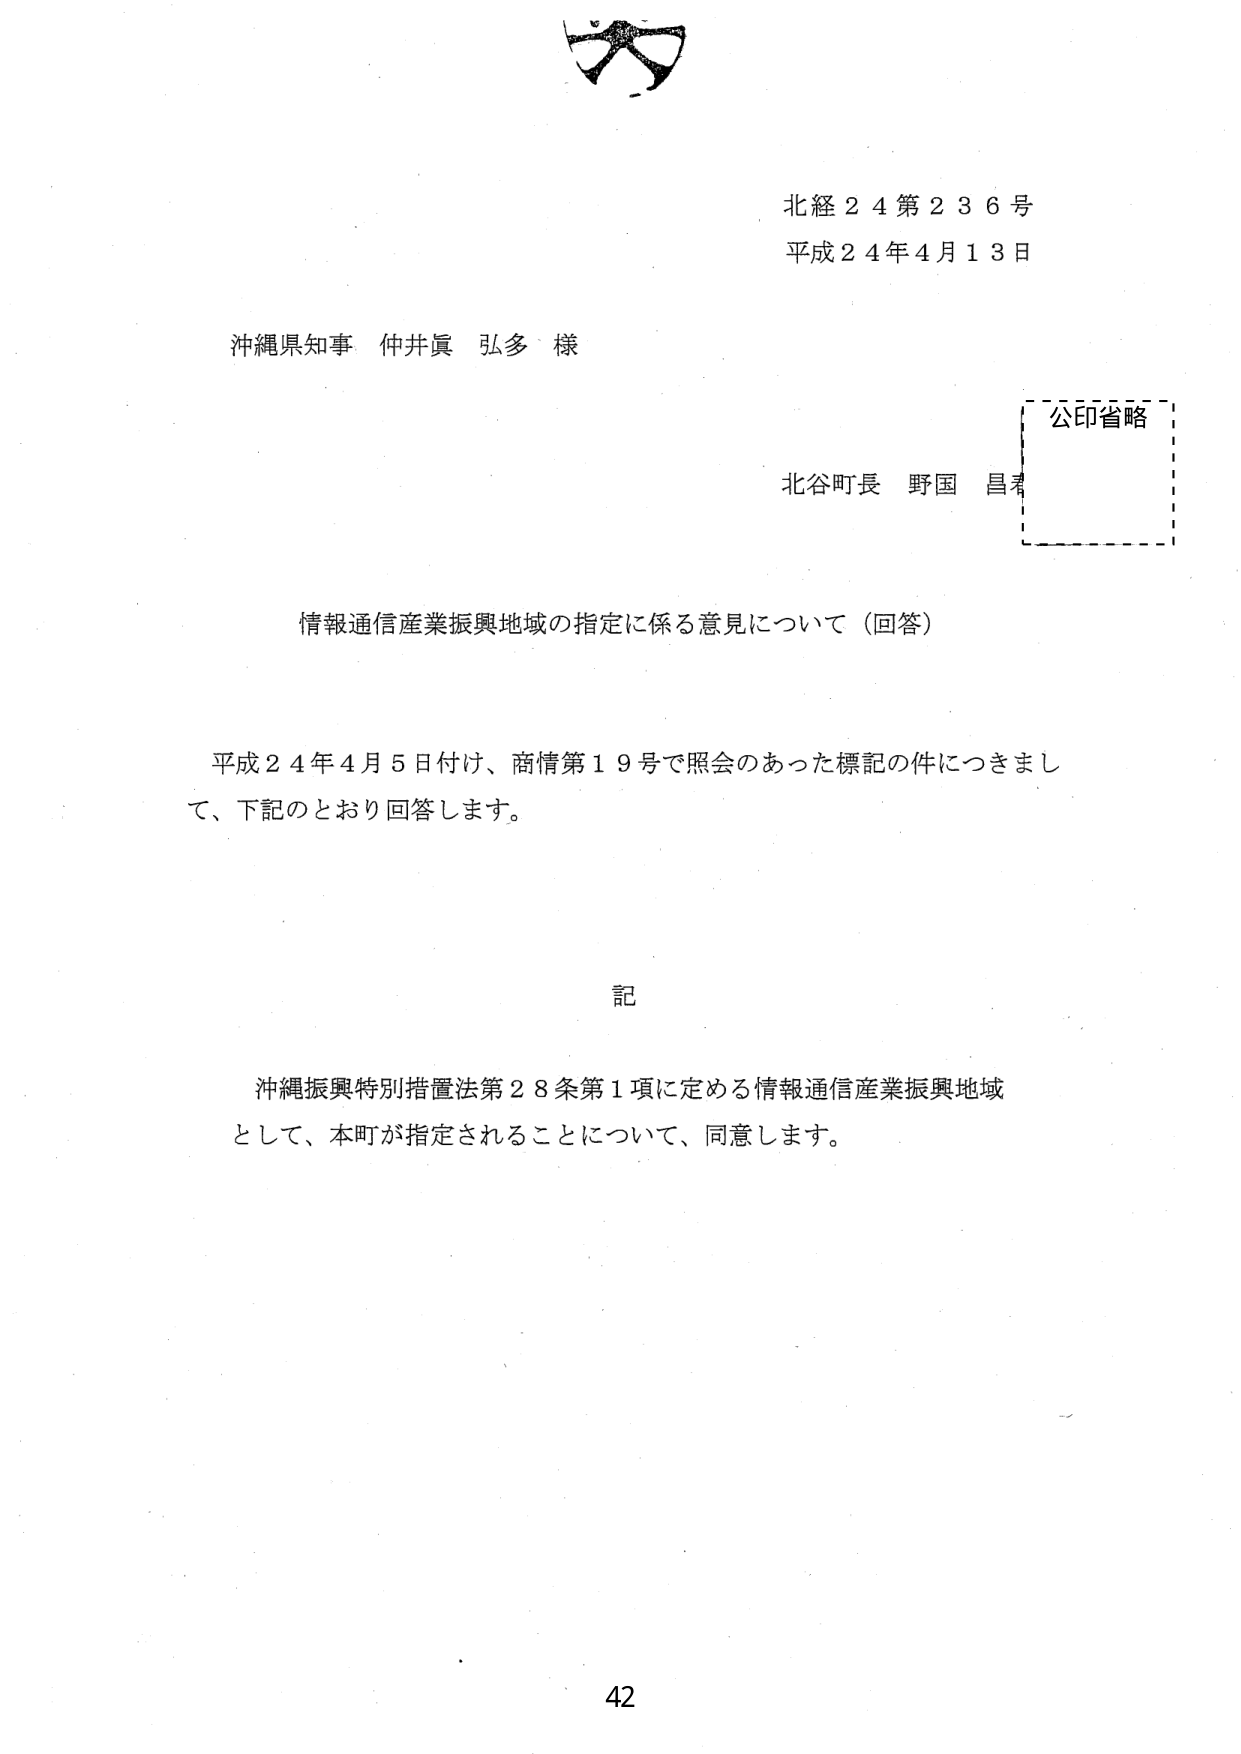
北経２４第２３６号
平成２４年４月１３日

沖縄県知事 仲井眞 弘多 様

北谷町長 野国 昌君
公印省略

情報通信産業振興地域の指定に係る意見について（回答）

平成２４年４月５日付け、商情第１９号で照会のあった標記の件につきまして、下記のとおり回答します。

記

沖縄振興特別措置法第２８条第１項に定める情報通信産業振興地域として、本町が指定されることについて、同意します。

42